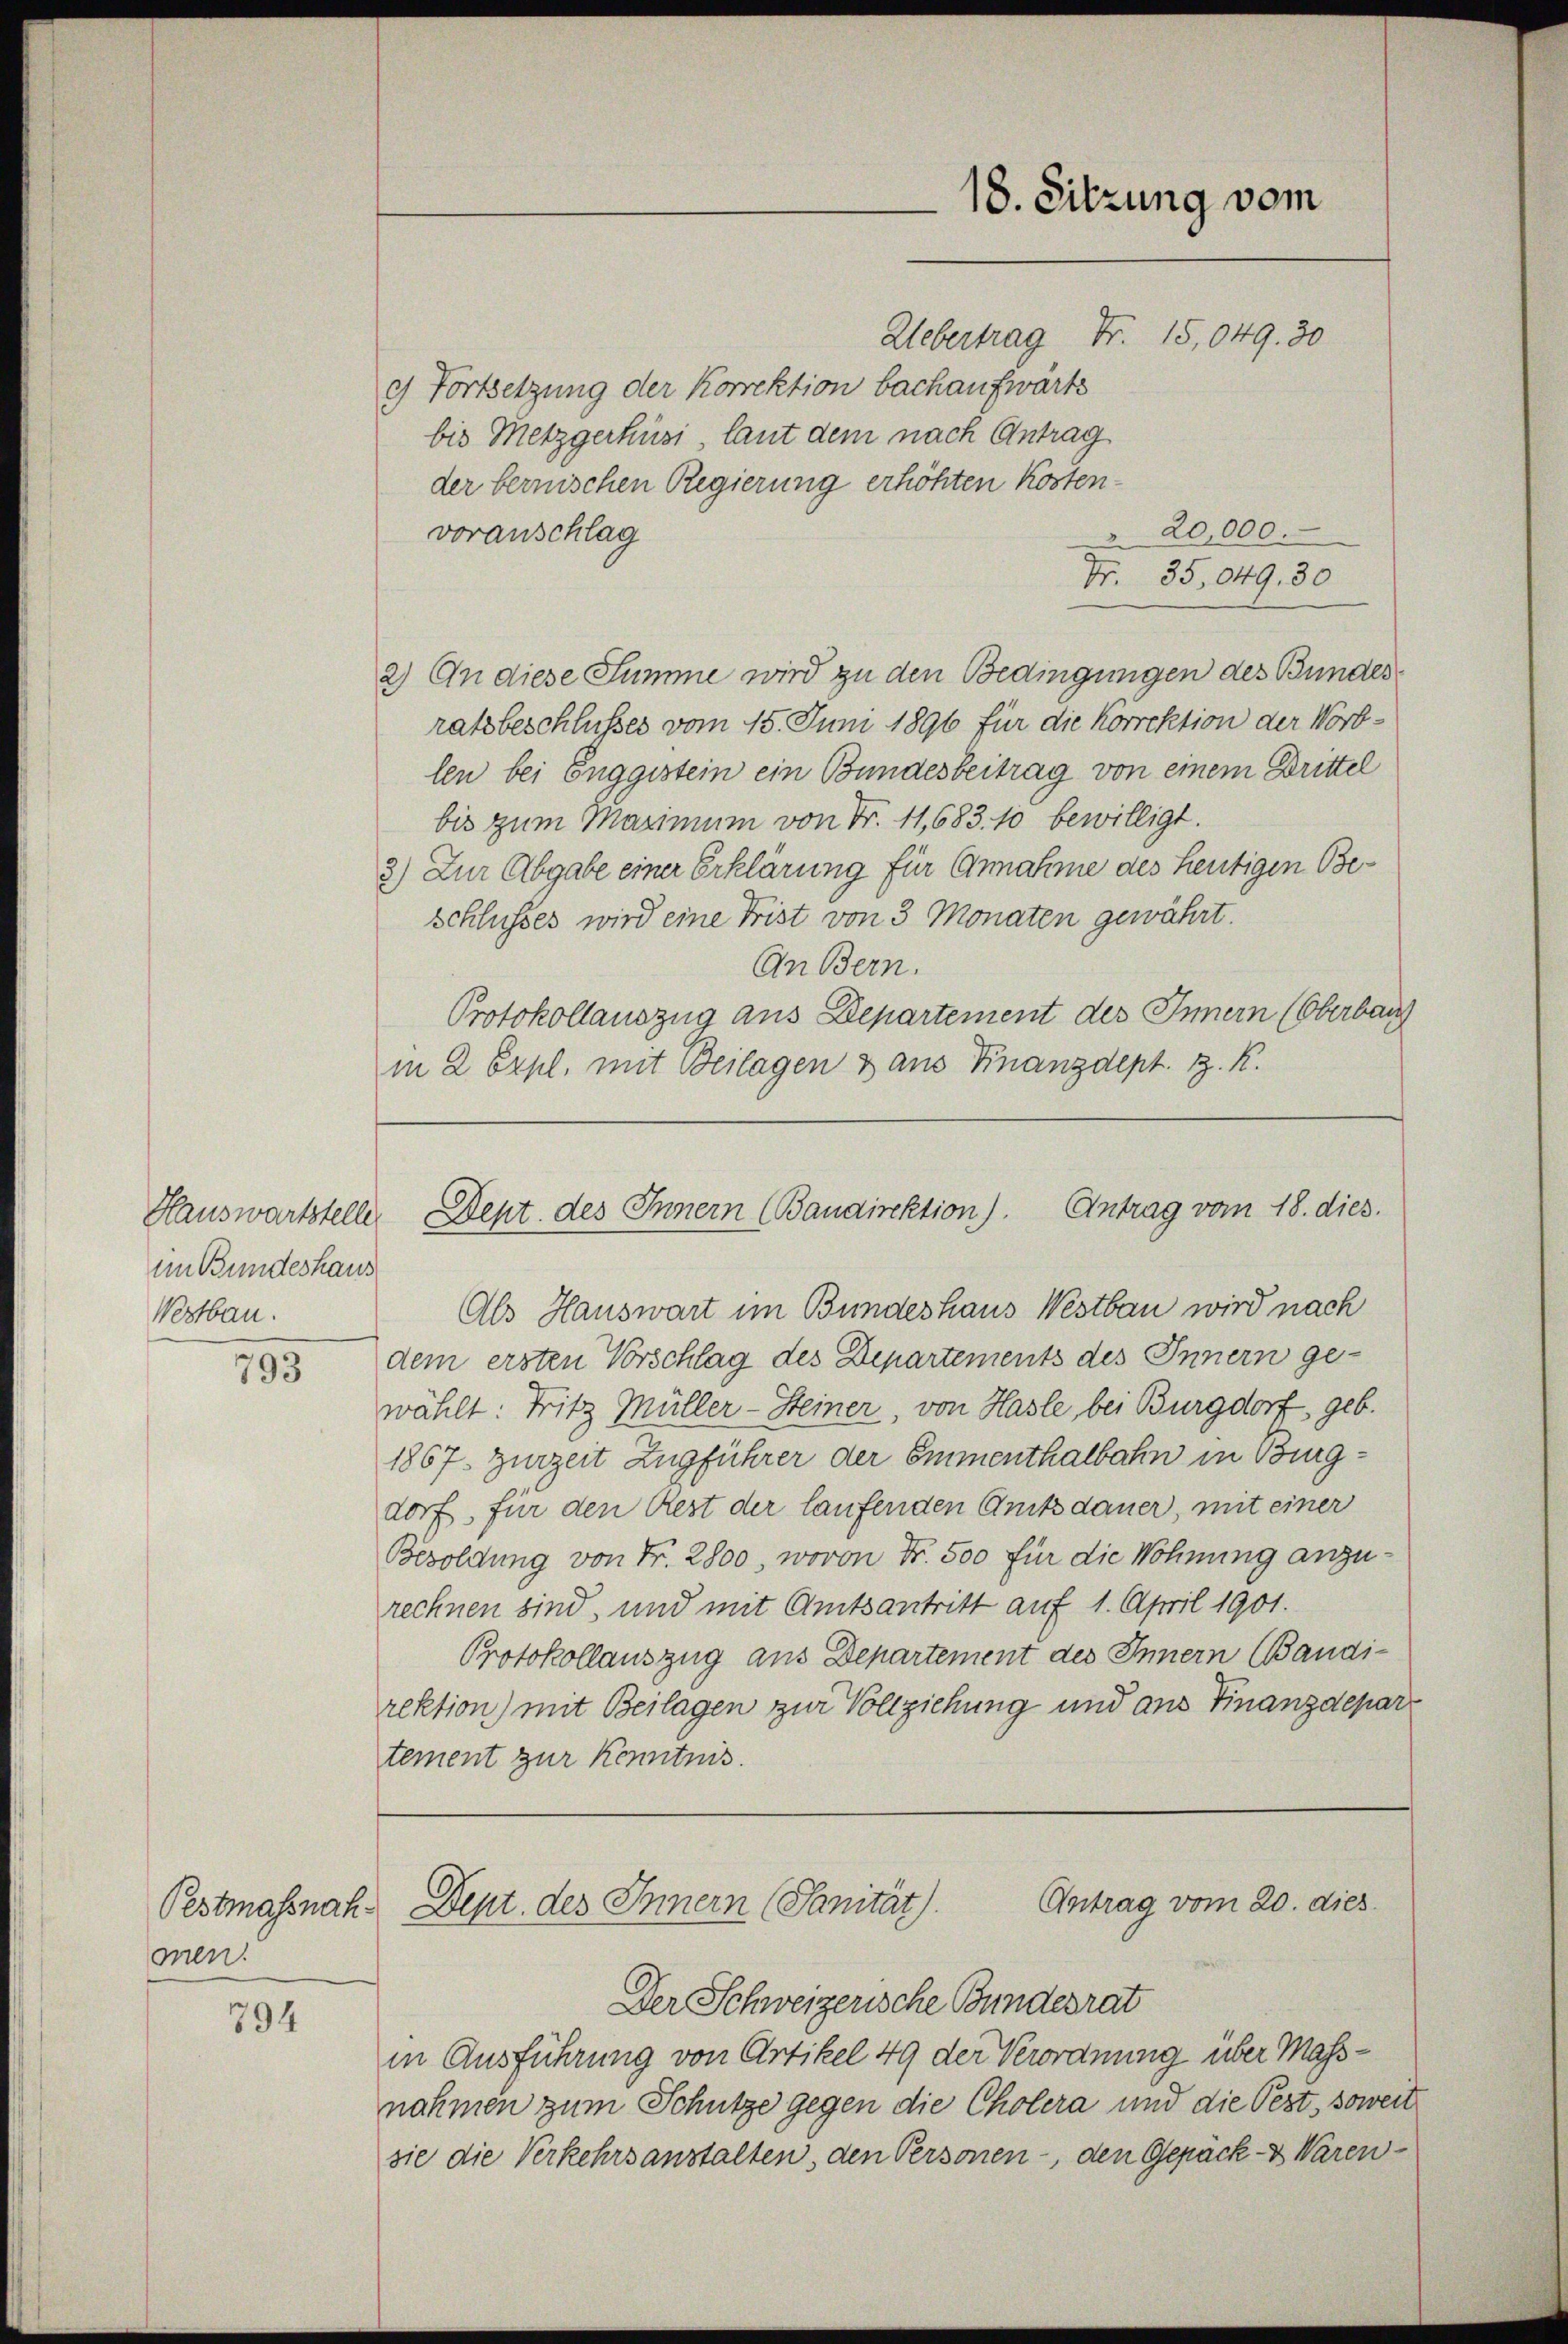
Hauswartstelle
im Bundeshaus
Westbau.

793

Pestmassnahmen.

794

Uebertrag Fr. 15,049. 30
e Fortsetzung der Korrektion bachaufwärts
bis Metzgerküsi, laut dem nach Antrag
der bernischen Regierung erhöhten Kosten¬
20,000.
voranschlag
Nr. 35,049. 30
2) An diese Summe wird zu den Bedingungen des Bundes
ratsbeschlusses vom 15. Juni 1896 für die Korrektion der Nordlen bei Enggistein ein Bundesbeitrag von einem Drittel
bis zum Maximum von Fr. 11,683. 10 bewilligt.
2) Zur Abgabe einer Erklärung für Annahme des heutigen Be¬
Schlusses wird eine Frist von 3 Monaten gewährt.
An Bern.
Protokollauszug aus Departement des Innern (Oberbau
in 2 Expl, mit Beilagen & aus Finanzdept. 1. K.

18. Sitzung vom

Dept des Innern (Baudirektion). Antrag vom 18. dies

Als Hauswart im Bundeshaus Westbau wird nach
dem ersten Vorschlag des Departements des Innern ge-
wählt: Fritz Müller-Steiner, von Hasle, bei Burgdorf, geb.
1867 zurzeit Zugführer der Emmenthalbahn in Burgdorf, für den Rest der laufenden Amtsdauer, mit einer
Besoldung von Fr. 2800, wovon Nr. 500 für die Wohnung anzurechnen sind, und mit Amtsantritt auf 1. April 1901.
Protokollauszug aus Departement des Innern (Bandi-
rektion) mit Beilagen zur Vollziehung und aus Finanzdepartement zur Kenntnis.
Antrag vom 20. dies
Dept. des Innern (Sanität).
Der Schweizerische Bundesrat
in Ausführung von Artikel 49 der Verordnung über Massnahmen zum Schütze gegen die Cholera und die Pest, soweit
sie die Verkehrsanstalten, den Personen-, den Gepack- & Waren